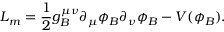
{ \cal L } _ { m } = \frac { 1 } { 2 } g _ { B } ^ { \mu \nu } \partial _ { \mu } \phi _ { B } \partial _ { \nu } \phi _ { B } - V ( \phi _ { B } ) .